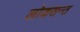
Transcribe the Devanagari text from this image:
लोकसन्त